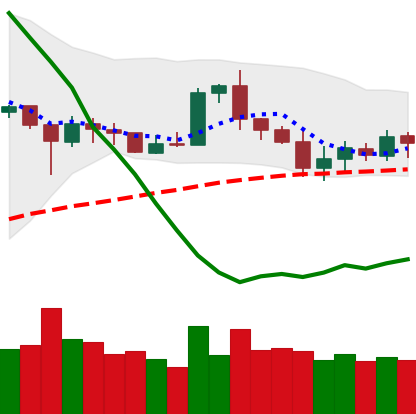
Ticker: ETH-USD
Chart end date: 2020-07-02
Forward return: 4.221%
Label: up_3_5